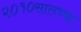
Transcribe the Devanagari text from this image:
२०१०सालच्या